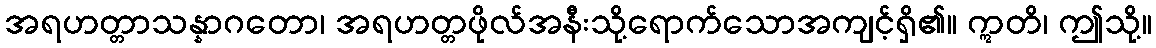
အရဟတ္တာသန္နာဂတော၊ အရဟတ္တဖိုလ်အနီးသို့ရောက်သောအကျင့်ရှိ၏။ ဣတိ၊ ဤသို့။